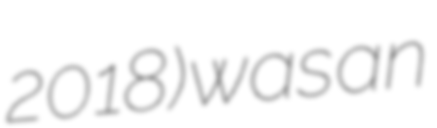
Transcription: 2018) was an